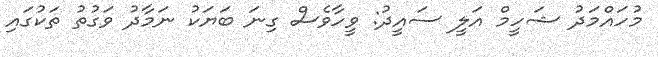
މުހައްމަދު ޝަހީމް އަލީ ސައީދު: ވީހާވެސް ގިނަ ބަޔަކު ނަމާދު ވަގުތު ތަކުގައި